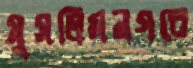
মুসলিমনগরে